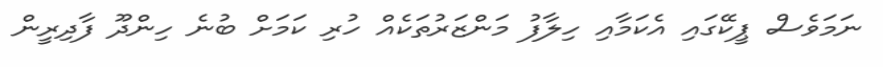
ނަމަވެސް ޕީކޭގައި އެކަމާއި ހިލާފު މަންޒަރުތަކެއް ހުރި ކަމަށް ބުނެ ހިންދޫ ފާދިރީން